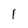
Character: 1